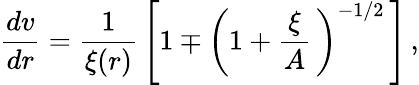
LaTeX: \frac{dv}{dr}=\frac{1}{\xi(r)}\, \left[1\mp\left(1+\frac{\xi}{A}\, \right)^{-1/2}\, \right]\, ,